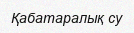
Қабатаралық су